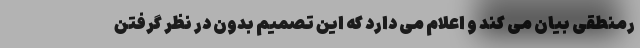
رمنطقی بیان می کند و اعلام می دارد که این تصمیم بدون در نظر گرفتن